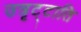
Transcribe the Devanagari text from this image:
उत्रृट्टाति